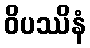
ဝိပဿိနံ